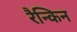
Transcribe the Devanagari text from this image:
रैन्किन